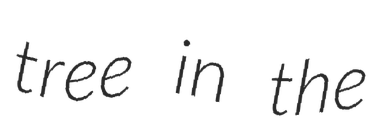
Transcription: tree in the